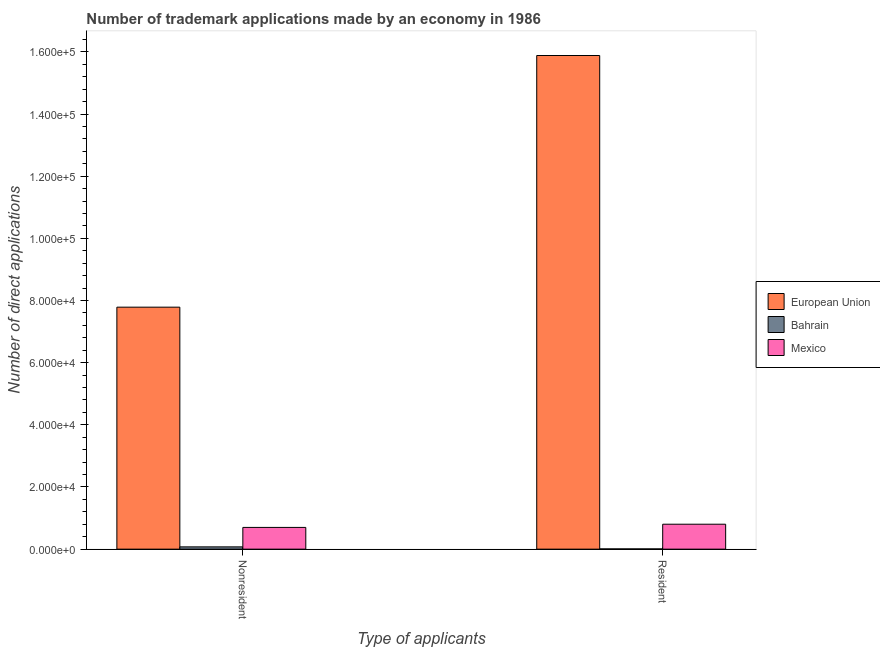
| Type of applicants | European Union | Bahrain | Mexico |
 | --- | --- | --- | --- |
 | Nonresident | 7.79e+04 | 735 | 6.99e+03 |
 | Resident | 1.59e+05 | 74 | 8.02e+03 |